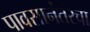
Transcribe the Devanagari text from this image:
पावसानंतरचा